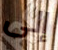
إلى